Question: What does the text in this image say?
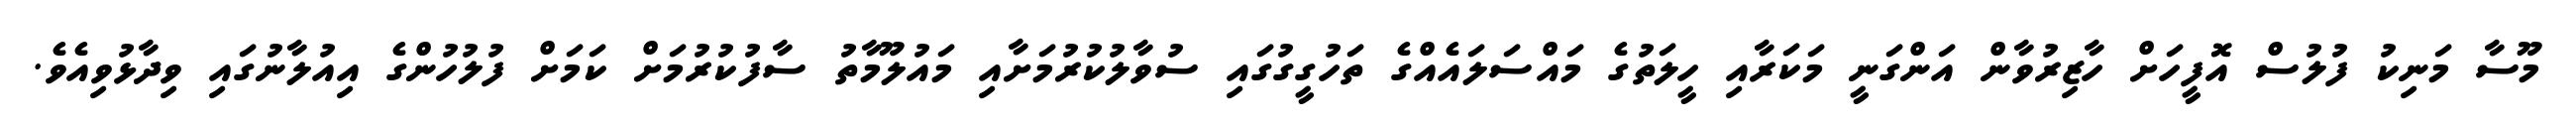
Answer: މޫސާ މަނިކު ފުލުސް އޮފީހަށް ހާޒިރުވާން އަންގަނީ މަކަރާއި ހީލަތުގެ މައްސަލައެއްގެ ތަހުގީގުގައި ސުވާލުކުރުމަށާއި މައުލޫމާތު ސާފުކުރުމަށް ކަމަށް ފުލުހުންގެ އިއުލާނުގައި ވިދާޅުވިއެވެ.